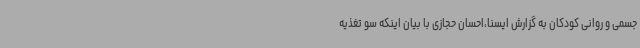
جسمی و روانی کودکان به گزارش ایسنا،احسان حجازی با بیان اینکه سو تغذیه